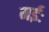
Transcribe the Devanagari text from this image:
मईः